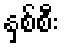
နှစ်စီး